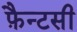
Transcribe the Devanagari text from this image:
फ़ैन्टसी